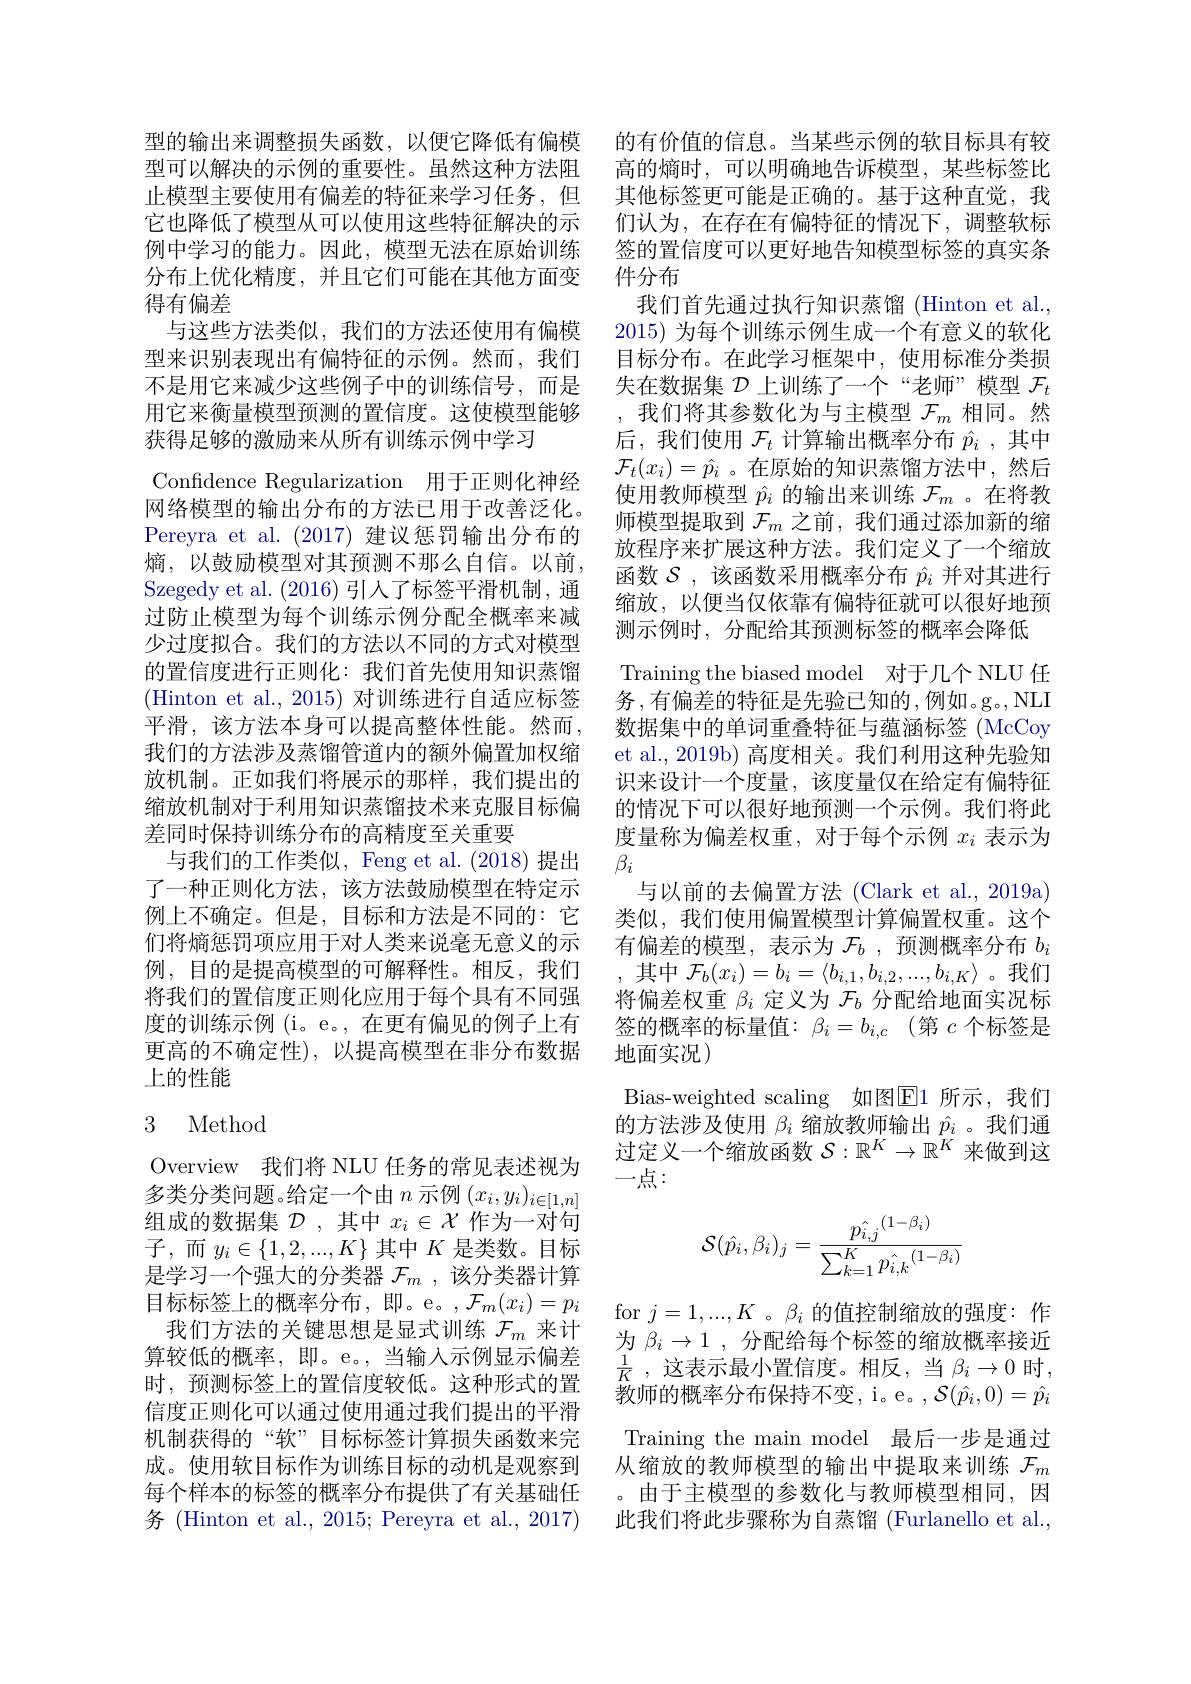
型的输出来调整损失函数，以便它降低有偏模 的有价值的信息。当某些示例的软目标具有较型可以解决的示例的重要性。虽然这种方法阻 高的熵时，可以明确地告诉模型，某些标签比止模型主要使用有偏差的特征来学习任务，但 其他标签更可能是正确的。基于这种直觉，我它也降低了模型从可以使用这些特征解决的示 们认为，在存在有偏特征的情况下，调整软标例中学习的能力。因此，模型无法在原始训练 签的置信度可以更好地告知模型标签的真实条分布上优化精度，并且它们可能在其他方面变 件分布
得有偏差
与这些方法类似，我们的方法还使用有偏模型来识别表现出有偏特征的示例。然而，我们不是用它来减少这些例子中的训练信号，而是 失在数据集$\mathcal{D}$上训练了一个“老师”模型$\mathcal{F}_t$ 用它来衡量模型预测的置信度。这使模型能够 ,我们将其参数化为与主模型$\mathcal{F}_m$相同。然获得足够的激励来从所有训练示例中学习
Confidence Regularization 用于正则化神经网络模型的输出分布的方法已用于改善泛化。Pereyra et al. (2017)建议惩罚输出分布的熵，以鼓励模型对其预测不那么自信。以前， Szegedy et al. (2016)引入了标签平滑机制，通过防止模型为每个训练示例分配全概率来减少过度拟合。我们的方法以不同的方式对模型的置信度进行正则化：我们首先使用知识蒸馏(Hinton et al., 2015) 对训练进行自适应标签平滑，该方法本身可以提高整体性能。然而， 我们的方法涉及蒸馏管道内的额外偏置加权缩放机制。正如我们将展示的那样，我们提出的 识来设计一个度量，该度量仅在给定有偏特征缩放机制对于利用知识蒸馏技术来克服目标偏 的情况下可以很好地预测一个示例。我们将此差同时保持训练分布的高精度至关重要
与我们的工作类似，Feng et al. (2018)提出 $\beta_i$
了一种正则化方法，该方法鼓励模型在特定示例上不确定。但是，目标和方法是不同的：它们将熵惩罚项应用于对人类来说毫无意义的示 有偏差的模型，表示为$\mathcal{F}_b$ ,预测概率分布$b_i$ 例，目的是提高模型的可解释性。相反，我们 ,其中$\mathcal{F}_b(x_i)=b_i=\langle b_{i,1},b_{i,2},...,b_{i,K}\rangle$ 。我们将我们的置信度正则化应用于每个具有不同强 将偏差权重$\beta_i$定义为$\mathcal{F}_b$分配给地面实况标度的训练示例(i。e。,在更有偏见的例子上有 签的概率的标量值：$\beta_i=b_{i,c}$ (第$c$个标签是更高的不确定性), 以提高模型在非分布数据 地面实况)
上的性能

## 3 Method

Overview 我们将 NLU 任务的常见表述视为多类分类问题。给定一个由$n$示例$(x_i,y_i)_{i\in[1,n]}$ 组成的数据集$\mathcal{D}$,其中$x_i\in\mathcal{X}$作为一对句子，而$y_i\in\{1,2,...,K\}$ 其中$K$ 是类数。目标是学习一个强大的分类器$\mathcal{F}_m$,该分类器计算目标标签上的概率分布，即。e。,$\mathcal{F}_m(x_i)=p_i$
我们方法的关键思想是显式训练$\mathcal{F}_m$来计算较低的概率，即。e。,当输入示例显示偏差时，预测标签上的置信度较低。这种形式的置信度正则化可以通过使用通过我们提出的平滑机制获得的“软”目标标签计算损失函数来完成。使用软目标作为训练目标的动机是观察到
每个样本的标签的概率分布提供了有关基础任 。由于主模型的参数化与教师模型相同，因
务 (Hinton et al., 2015; Pereyra et al., 2017)

我们首先通过执行知识蒸馏 (Hinton et al. 2015) 为每个训练示例生成一个有意义的软化目标分布。在此学习框架中，使用标准分类损后，我们使用$\mathcal{F}_t$计算输出概率分布$\hat{p}_i$,其中$\mathcal{F}_t(x_i)=\hat{p_i}$ 。在原始的知识蒸馏方法中，然后使用教师模型$\hat{p}_i$的输出来训练$\mathcal{F}_m$ 。在将教师模型提取到$\mathcal{F}_m$之前，我们通过添加新的缩放程序来扩展这种方法。我们定义了一个缩放函数$\mathcal{S}$,该函数采用概率分布$\hat{p}_i$并对其进行缩放，以便当仅依靠有偏特征就可以很好地预测示例时，分配给其预测标签的概率会降低
Training the biased model 对于几个 NLU 任务 ,有偏差的特征是先验已知的 ,例如。g。,NLI 数据集中的单词重叠特征与蕴涵标签 (McCoy et al., 2019b) 高度相关。我们利用这种先验知度量称为偏差权重，对于每个示例$x_i$表示为与以前的去偏置方法 (Clark et al., 2019a) 类似，我们使用偏置模型计算偏置权重。这个Bias-weighted scaling 如图E1 所示，我们的方法涉及使用$\beta_i$缩放教师输出$\hat{p}_i$ 。我们通过定义一个缩放函数$\mathcal{S}:\mathbb{R}^K\to\mathbb{R}^K$来做到这一点：
$$\mathcal{S}(\hat{p_i},\beta_i)_j=\frac{\hat{p_{i,j}}^{(1-\beta_i)}}{\sum_{k=1}^K\hat{p_{i,k}}^{(1-\beta_i)}}$$
for $j=1,...,K$ 。$\beta_i$的值控制缩放的强度：作为$\beta_i\to1$,分配给每个标签的缩放概率接近$\frac 1K$ , 这表示最小置信度。相反，当 $\beta_i\to0$ 时， 教师的概率分布保持不变，i。e。$,\mathcal{S}(\hat{p}_i,0)=\hat{p}_i$ Training the main model 最后一步是通过从缩放的教师模型的输出中提取来训练$\mathcal{F}_m$ 此我们将此步骤称为自蒸馏 (Furlanello et al.,